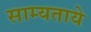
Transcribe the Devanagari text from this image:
साम्यताये